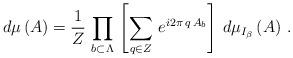
LaTeX: \begin{align*}\left. d\mu \, (A) = \frac{1}{ Z} \, \prod_{b \subset \Lambda}\, \left[ \sum_{q \in Z} \, e^{ i 2 \pi \, q \, A_{b}} \right] \, d \mu_{I_{\beta}} \, (A) \ .\right.\end{align*}